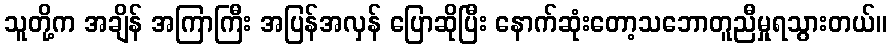
သူတို့က အချိန် အကြာကြီး အပြန်အလှန် ပြောဆိုပြီး နောက်ဆုံးတော့သဘောတူညီမှုရသွားတယ်။